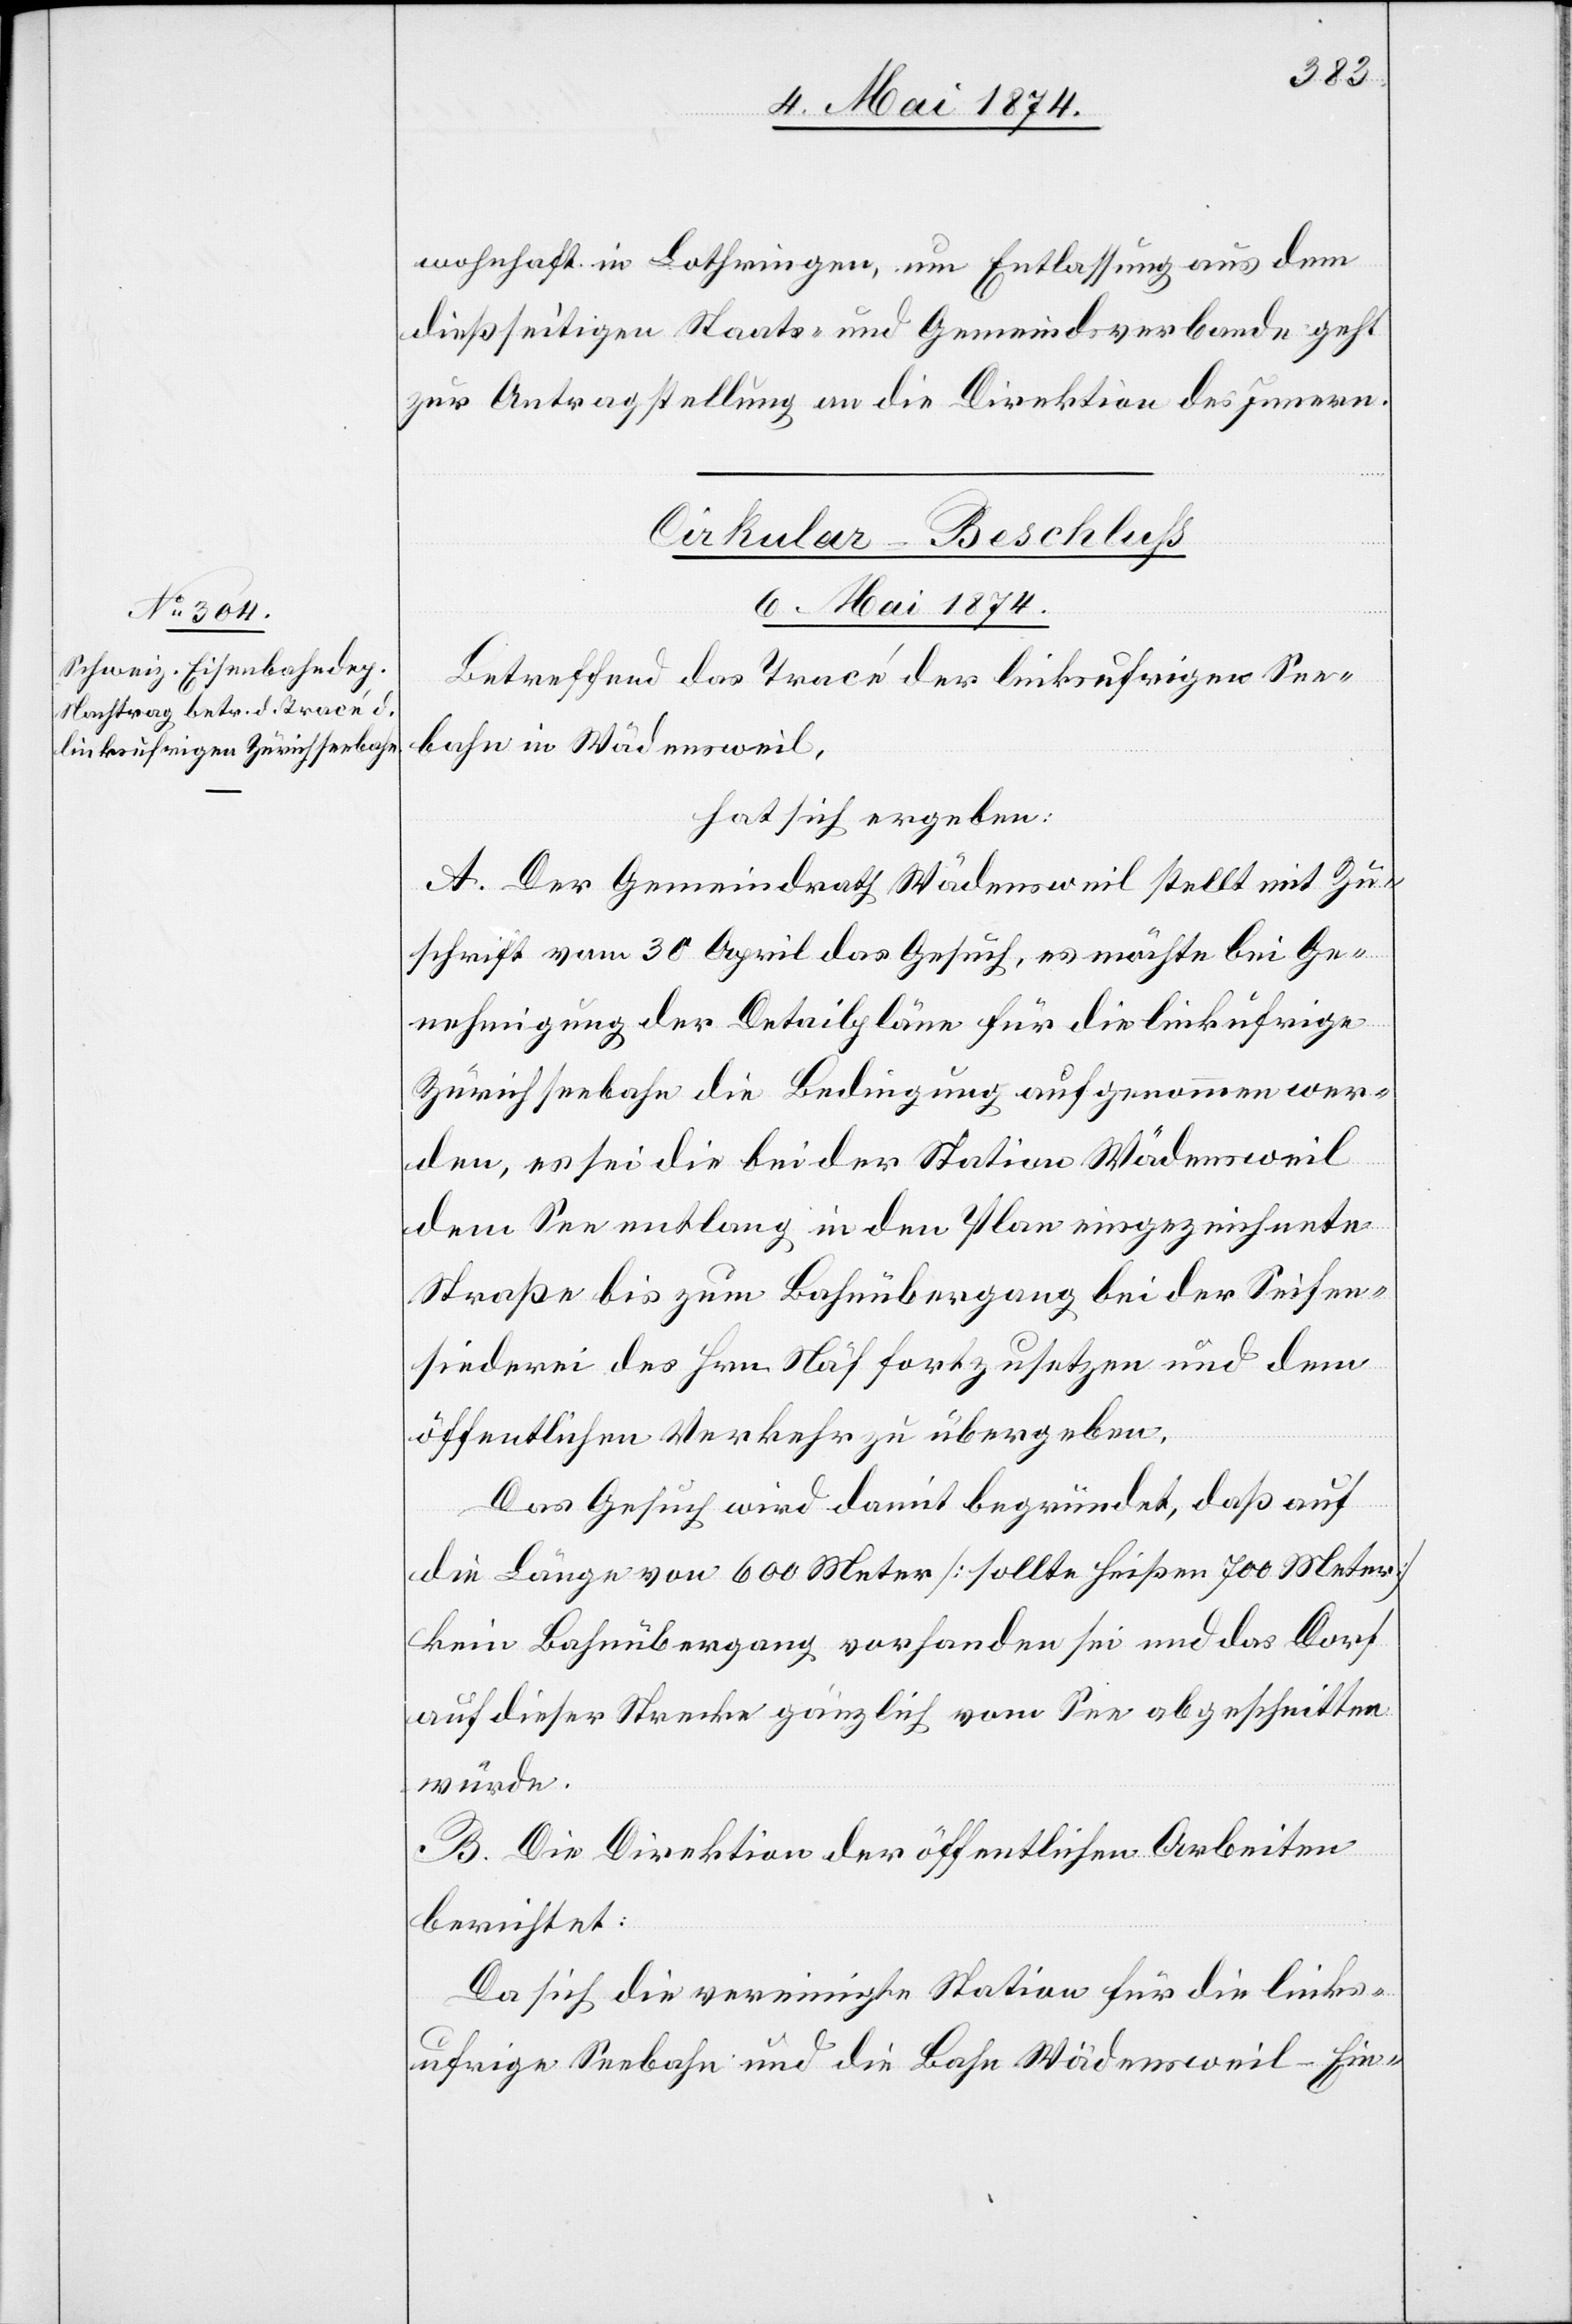
wohnhaft in Lothringen, um Entlassung aus dem
dießseitigen Staats- und Gemeindsverbande geht
zur Antragstellung an die Direktion des Innern.
Cirkular-Beschluß.
6. Mai 1874.
Betreffend das Tracé der linksufrigen See¬
bahn in Wädensweil,
hat sich ergeben:
A. Der Gemeindrath Wädensweil stellt mit Zu¬
schrift vom 30. April das Gesuch, es möchte bei Ge¬
nehmigung der Detailpläne für die linksufrige
Zürichseebahn die Bedingung aufgenommen wer¬
den, es sei die bei der Station Wädensweil
dem See entlang in den Plan eingezeichnete
Straße bis zum Bahnübergang bei der Seifen¬
siederei des Hrn. Näf fortzusetzen und dem
öffentlichen Verkehr zu übergeben.
Das Gesuch wird damit begründet, daß auf
die Länge von 600 Meter [sollte heißen 700 Meter]
kein Bahnübergang vorhanden sei und das Dorf
auf dieser Strecke gänzlich vom See abgeschnitten
würde.
B. Die Direktion der öffentlichen Arbeiten
berichtet:
Da sich die vereinigte Station für die links¬
ufrige Seebahn und die Bahn Wädensweil-Ein-